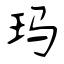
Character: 玛